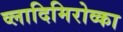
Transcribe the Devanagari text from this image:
व्लादिमिरोव्का